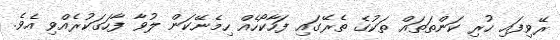
ރޭވިފައި ހުރި ކަންތަތައް ތަކުގެ ތެރޭގައި ފަހާކޯހެއް ހިމެނޭކަން ލުވާ ފާހަގަކުރެއްވި އެވެ.